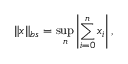
\| x \| _ { b s } = \operatorname* { s u p } _ { n } \left\vert \sum _ { i = 0 } ^ { n } x _ { i } \right\vert ,